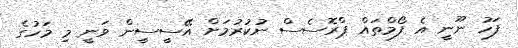
ފަހު ނޫނީ އެ ފޯމްތައް ޕްރޮސެސް ނުކުރުމަށް އޭސީސީން ވަނީ މި މަހުގެ